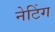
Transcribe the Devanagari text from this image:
नेटिंग